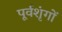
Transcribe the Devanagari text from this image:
पूर्वशृंगों